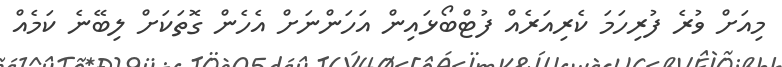
މިއަށް ވުރެ ފުރިހަމަ ކެރިއަރެއް ފުޓްބޯޅައިން އަހަންނަށް އެހެން ގޮތަކަށް ލިބޭނެ ކަމެއް